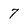
Character: 7